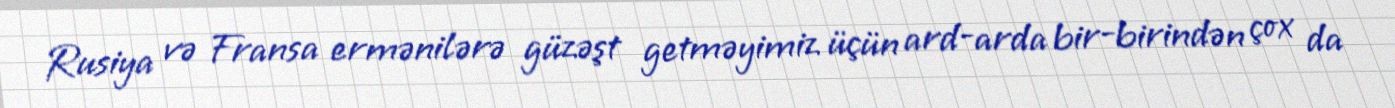
Rusiya və Fransa ermənilərə güzəşt getməyimiz üçün ard-arda bir-birindən çox da